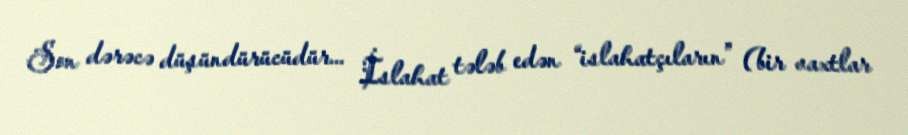
Son dərəcə düşündürücüdür... İslahat tələb edən “islahatçıların” (bir vaxtlar